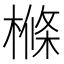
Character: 樤